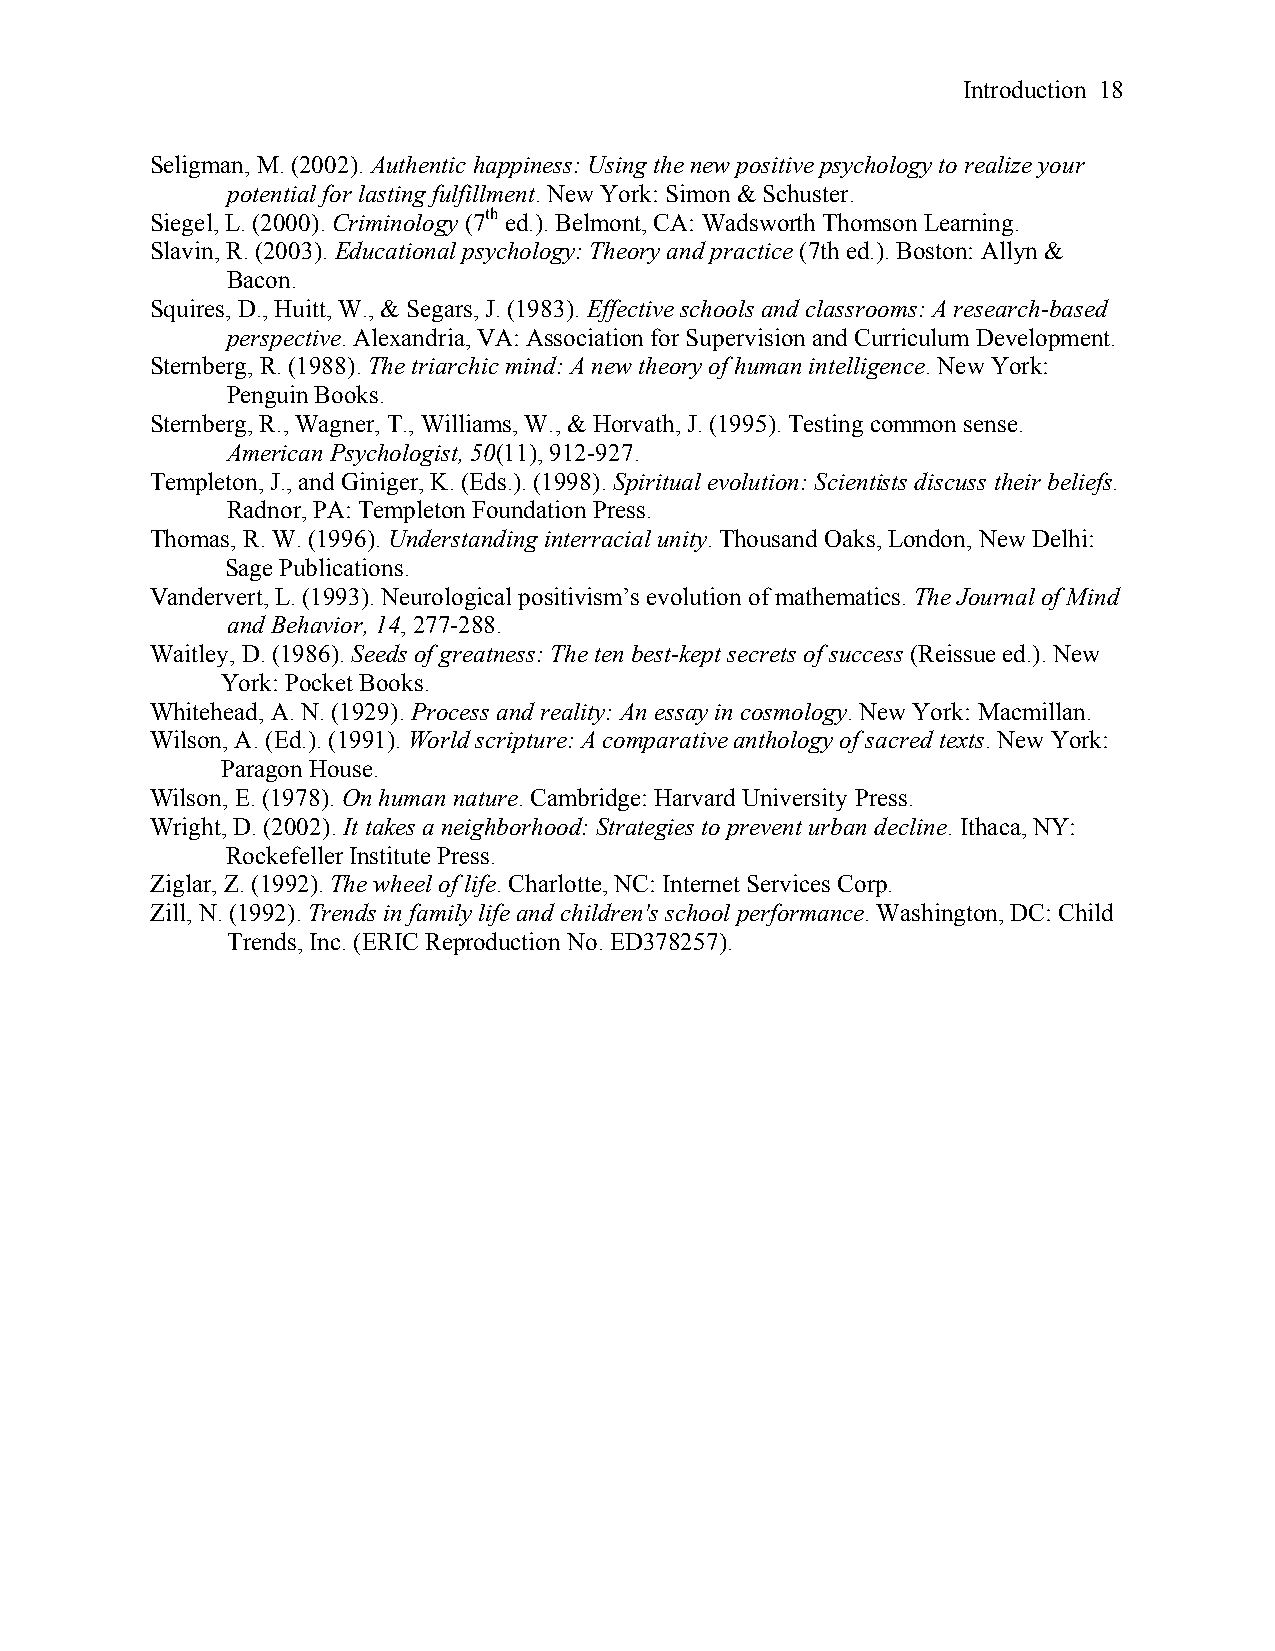
Introduction 18
 Seligman, M. (2002). Authentic happiness: Using the new positive psychology to realize your
 potential for lasting fulfillment. New York: Simon & Schuster.
 Siegel, L. (2000). Criminology (7th ed.). Belmont, CA: Wadsworth Thomson Learning.
 Slavin, R. (2003). Educational psychology: Theory and practice (7th ed.). Boston: Allyn &
 Bacon.
 Squires, D., Huitt, W., & Segars, J. (1983). Effective schools and classrooms: A research-based
 perspective. Alexandria, VA: Association for Supervision and Curriculum Development.
 Sternberg, R. (1988). The triarchic mind: A new theory of human intelligence. New York:
 Penguin Books.
 Sternberg, R., Wagner, T., Williams, W., & Horvath, J. (1995). Testing common sense.
 American Psychologist, 50(11), 912-927.
 Templeton, J., and Giniger, K. (Eds.). (1998). Spiritual evolution: Scientists discuss their beliefs.
 Radnor, PA: Templeton Foundation Press.
 Thomas, R. W. (1996). Understanding interracial unity. Thousand Oaks, London, New Delhi:
 Sage Publications.
 Vandervert, L. (1993). Neurological positivism’s evolution of mathematics. The Journal of Mind
 and Behavior, 14, 277-288.
 Waitley, D. (1986). Seeds of greatness: The ten best-kept secrets of success (Reissue ed.). New
 York: Pocket Books.
 Whitehead, A. N. (1929). Process and reality: An essay in cosmology. New York: Macmillan.
 Wilson, A. (Ed.). (1991). World scripture: A comparative anthology of sacred texts. New York:
 Paragon House.
 Wilson, E. (1978). On human nature. Cambridge: Harvard University Press.
 Wright, D. (2002). It takes a neighborhood: Strategies to prevent urban decline. Ithaca, NY:
 Rockefeller Institute Press.
 Ziglar, Z. (1992). The wheel of life. Charlotte, NC: Internet Services Corp.
 Zill, N. (1992). Trends in family life and children's school performance. Washington, DC: Child
 Trends, Inc. (ERIC Reproduction No. ED378257).